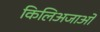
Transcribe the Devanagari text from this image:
किलिअजाओ